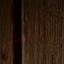
أكافح